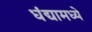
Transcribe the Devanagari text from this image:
धंद्यामध्ये